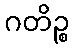
ဂတိဉ္စ